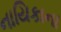
નાયિકાના